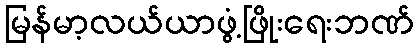
မြန်မာ့လယ်ယာဖွံ့ဖြိုးရေးဘဏ်